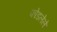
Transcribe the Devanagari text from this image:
फोडलेले